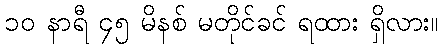
၁၀ နာရီ ၄၅ မိနစ် မတိုင်ခင် ရထား ရှိလား။